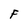
Character: F